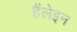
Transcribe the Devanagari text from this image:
हैंलेइन